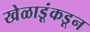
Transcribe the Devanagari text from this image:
खेळाडूंकडून